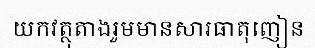
យកវត្ថុតាងរួមមានសារធាតុញៀន